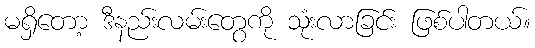
မရှိတော့ ဒီနည်းလမ်းတွေကို သုံးလာခြင်း ဖြစ်ပါတယ်။